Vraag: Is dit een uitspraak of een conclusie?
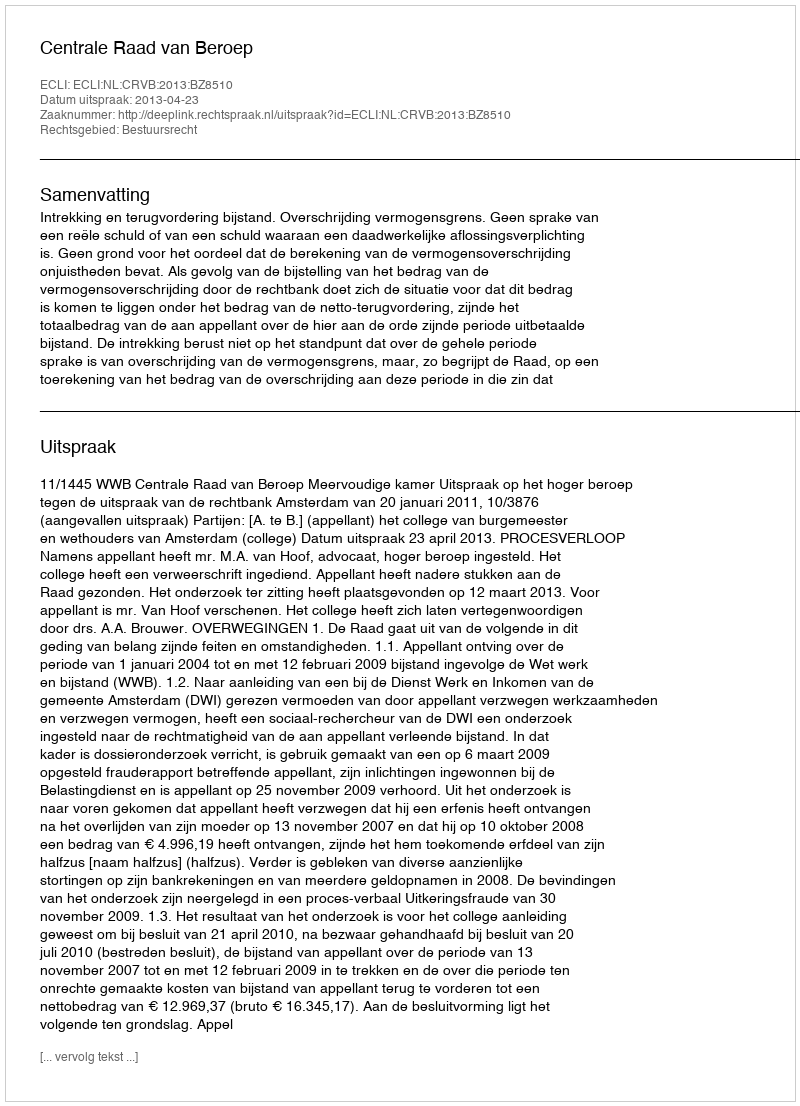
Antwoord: Uitspraak